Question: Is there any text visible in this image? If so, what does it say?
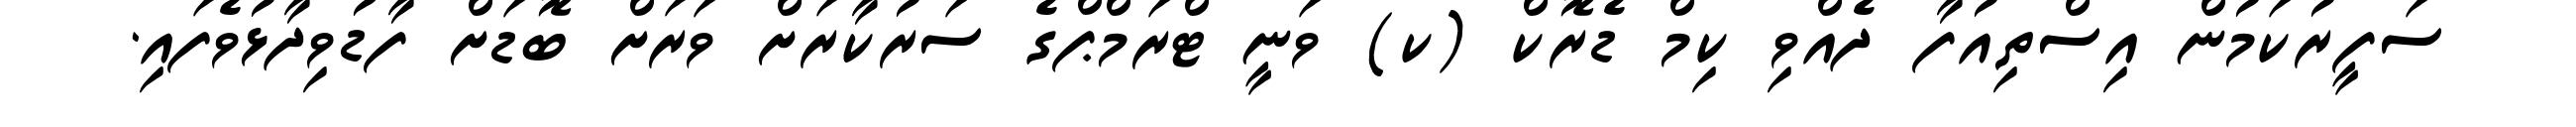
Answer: ސަފީރުކަމުން އިސްތިއުފާ ދެއްވި ކިމް ޑެރޮކް (ކ) ވަނީ ޓްރަމްޕްގެ ސަރުކާރަށް ވަރަށް ބޮޑަށް ފާޑުވިދާޅުވެފައި.